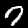
Digit: 7